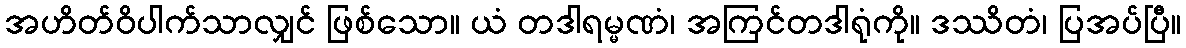
အဟိတ်ဝိပါက်သာလျှင် ဖြစ်သော။ ယံ တဒါရမ္မဏံ၊ အကြင်တဒါရုံကို။ ဒဿိတံ၊ ပြအပ်ပြီ။